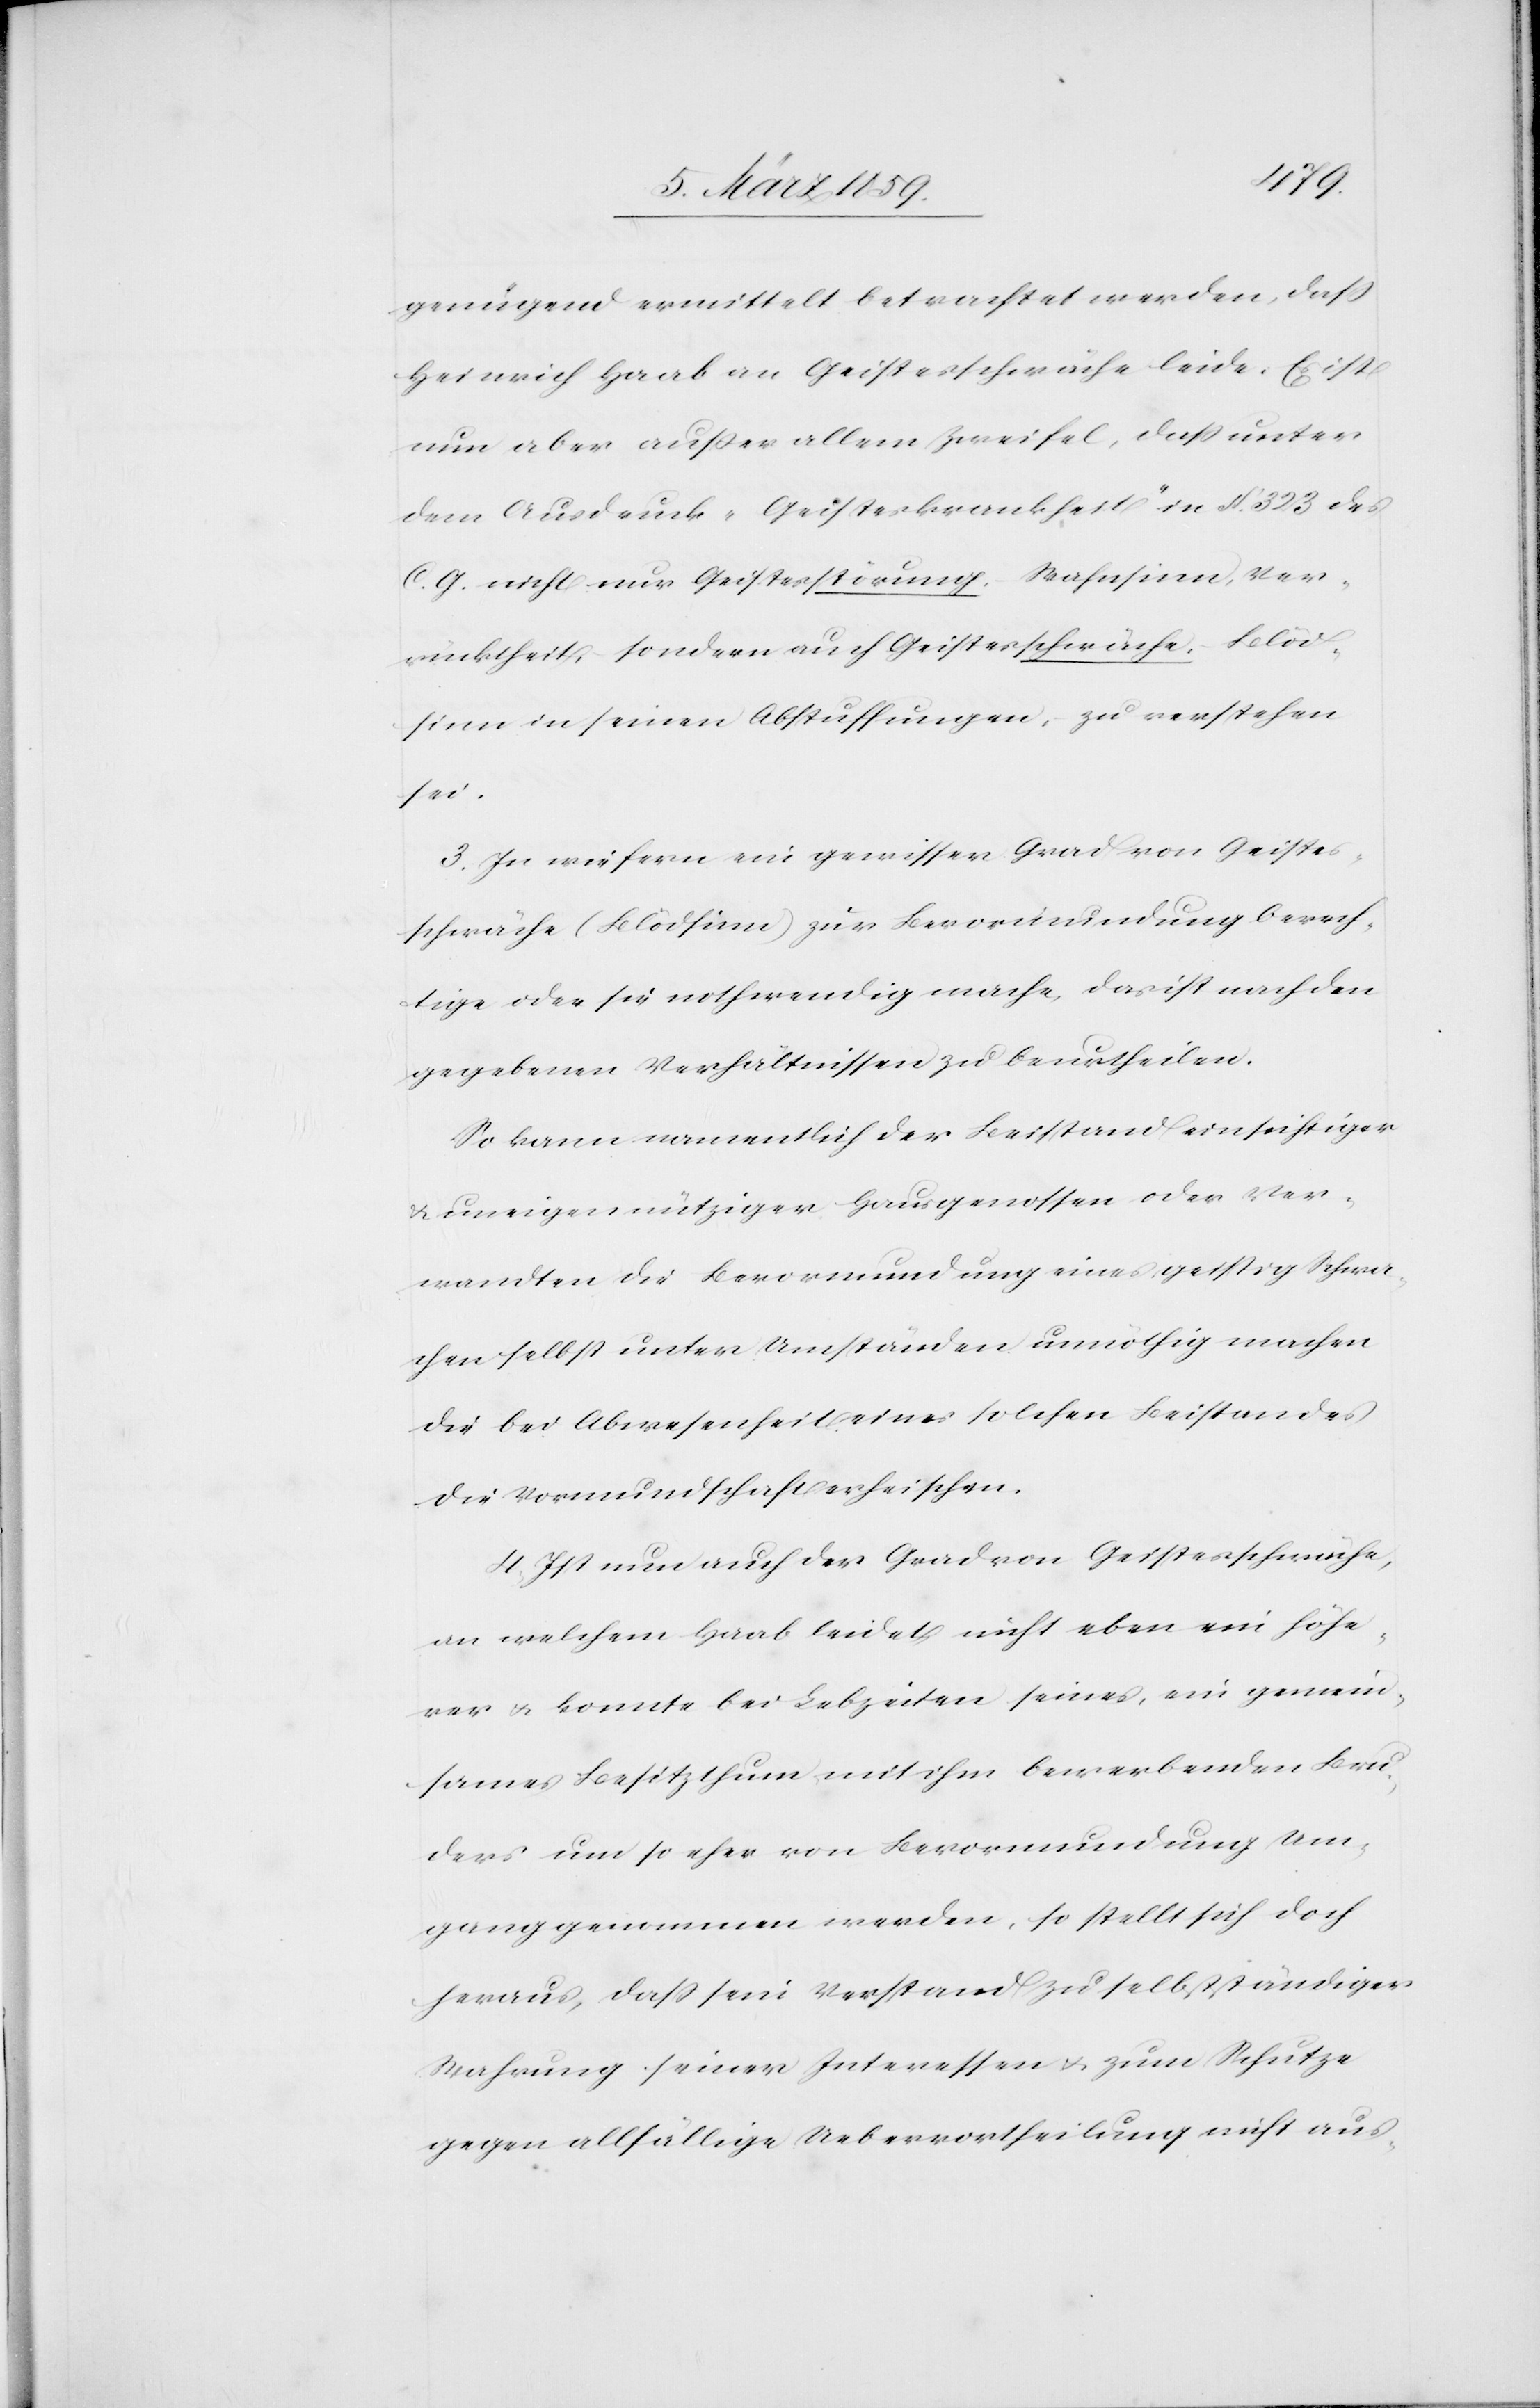
genügend ermittelt betrachtet werden, daß
Heinrich Haab an Geistesschwäche leide. Es ist
nun aber außer allem Zweifel, daß unter
dem Ausdruck „Geisteskrankheit“ in §. 323 des
C. G. nicht nur Geistesstörung, Wahnsinn, Ver¬
rücktheit, sondern auch Geistesschwäche, Blöd¬
sinn in seinen Abstufungen, zu verstehen
sei.
3) In wie fern ein gewisser Grad von Geistes¬
schwäche (Blödsinn) zur Bevormundung berech¬
tige oder sie nothwendig mache, das ist nach den
gegebenen Verhältnissen zu beurtheilen.
So kann namentlich der Beistand einsichtiger
& uneigennütziger Hausgenossen oder Ver¬
wandten die Bevormundung eines geistig Schwa¬
chen selbst unter Umständen unnöthig machen
die bei Abwesenheit eines solchen Beistandes
die Vormundschaft erheischen.
4) Ist nun auch der Grad von Geistesschwäche,
an welchem Haab leidet, nicht eben ein höhe¬
rer u. konnte bei Lebzeiten seines, ein gemein¬
sames Besitzthum mit ihm bewerbenden Bru¬
ders um so eher von Bevormundung Um¬
gang genommen werden, so stellt sich doch
heraus, daß sein Verstand zu selbstständiger
Wahrung seiner Interessen u. zum Schutze
gegen allfällige Uebervortheilung nicht aus-